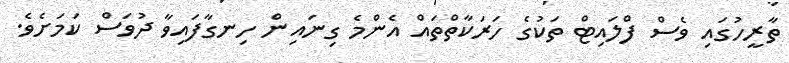
ތާރީހުގައި ވެސް ފްލައިޓް ތަކުގެ ހަރަކާތްތައް އެންމެ ގިނައިން ހިނގާފައިވާ ދުވަސް ކަމަށެވެ.